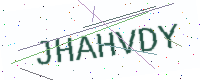
Text: JHAHVDY